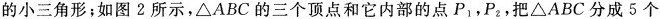
的小三角形；如图2所示，\triangle ABC的三个顶点和它内部的点P_{1}，P_{2}，把\triangle ABC分成5个